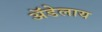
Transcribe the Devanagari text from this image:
अॅडेलाय